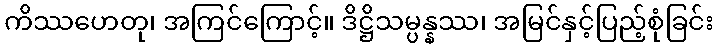
ကိဿဟေတု၊ အကြင်ကြောင့်။ ဒိဋ္ဌိသမ္ပန္နဿ၊ အမြင်နှင့်ပြည့်စုံခြင်း